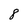
Character: 8